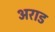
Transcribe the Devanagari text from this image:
अराड